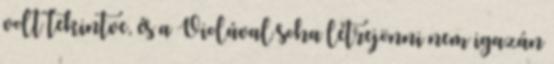
volt tekintve, és a Violával soha létrejönni nem igazán